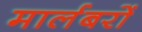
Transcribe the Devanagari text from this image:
मार्लबरों